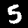
Digit: 5